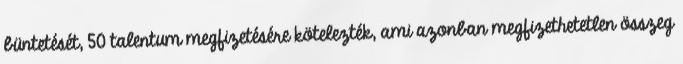
büntetését, 50 talentum megfizetésére kötelezték, ami azonban megfizethetetlen összeg